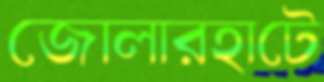
জোলারহাটে